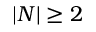
| N | \ge 2